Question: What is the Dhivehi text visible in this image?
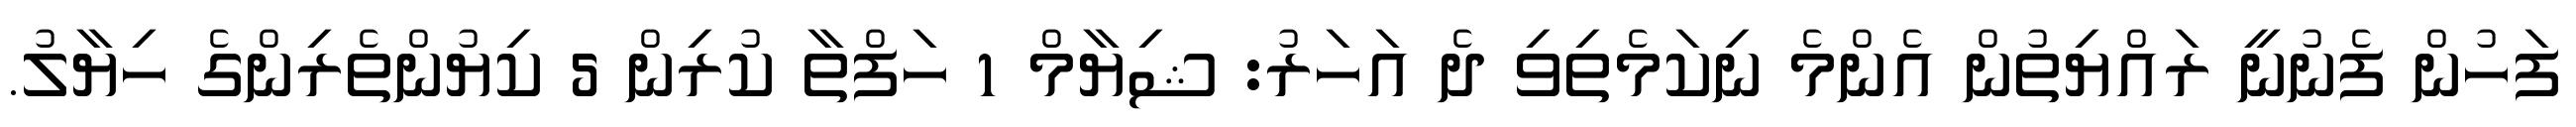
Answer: ފަހުން ފެނުނީ ރައްޔިތުން އެންމެ ނިކަމެތިވި ދެ އަހަރު: ޝިޔާމް 1 ހަފްތާ ކުރިން 5 ކިޔުންތެރިންގެ ހިޔާލު.